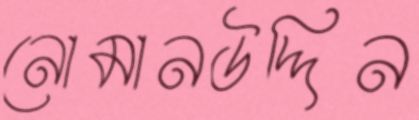
নোমানউদ্দিন